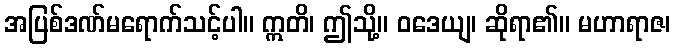
အပြစ်ဒဏ်မရောက်သင့်ပါ။ ဣတိ၊ ဤသို့။ ဝဒေယျ၊ ဆိုရာ၏။ မဟာရာဇ၊